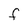
Character: F